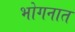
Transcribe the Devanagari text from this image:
भोगनात